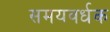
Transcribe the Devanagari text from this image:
समयवर्धक